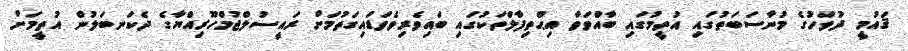
ޤައުމީ ދުވަހުގެ މުނާސަބަތުގައި އުތީމުގައި ބާއްވަވާ އިޙްތިފާލްތަކުގައި ބައިވެރިވެވަޑައިގަތުމަށް ރައީސުލްޖުމްހޫރިއްޔާގެ ދެކަނބަލުން އުތީމަށް